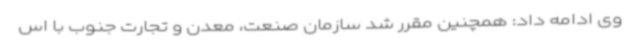
وی ادامه داد: همچنین مقرر شد سازمان صنعت، معدن و تجارت جنوب با اس